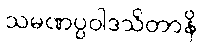
သမဏပ္ပဝါဒသိတာနိ